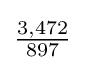
{\tfrac {3,472}{897}}